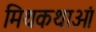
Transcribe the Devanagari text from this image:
मिथकथाओं